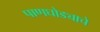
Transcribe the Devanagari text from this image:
पाणघोड्याचे